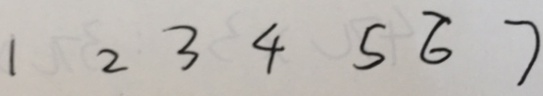
1 2 3 4 5 6 7